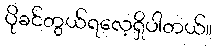
ပိုခင်တွယ်ရလေ့ရှိပါတယ်။